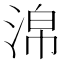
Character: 淿